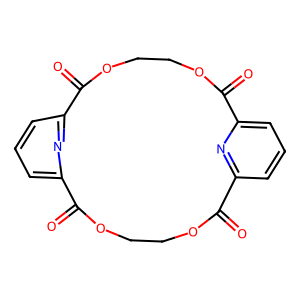
SMILES: O=C1OCCOC(=O)c2cccc(n2)C(=O)OCCOC(=O)c2cccc1n2
Inhibits HIV replication: No